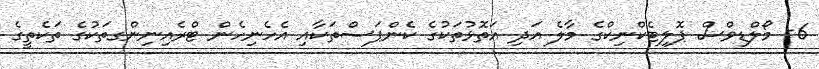
6- މޯލްޑިވްސް ޕޮލިޓެކްނިކްގެ މާލެ އަދި އަތޮޅުތަކުގެ ކެންޕަސްތަކާއި އެހެނިހެން ޓްރެއިނިންގތަކުގެ ތަކެތީގެ